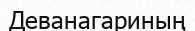
Деванагариның